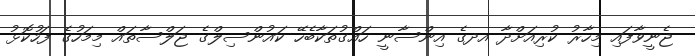
ޖެނީވާފައި މިހާރު ކުރިއަށްދާ އދގެ އިންސާނީ ހައްގުތަކާބެހޭ ކައުންސިލްގެ ޖަލްސާތައް މިމަހުގެ ފަހުކޮޅު